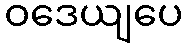
ဝဒေယျပေ